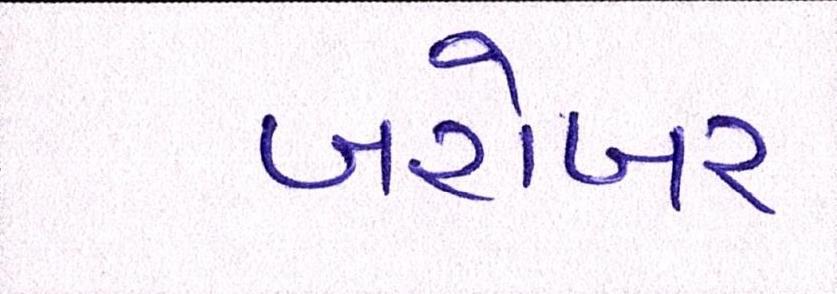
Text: બરોબર